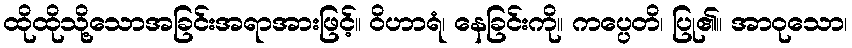
ထိုထိုသို့သောအခြင်းအရာအားဖြင့်။ ဝိဟာရံ၊ နေခြင်းကို။ ကပ္ပေတိ၊ ပြု၏။ အာဝုသော၊